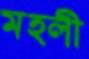
মহলী